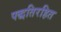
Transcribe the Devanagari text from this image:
पद्धतिरहित